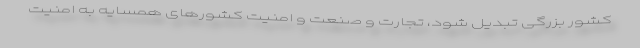
کشور بزرگی تبدیل شود، تجارت و صنعت و امنیت کشورهای همسایه به امنیت